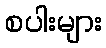
စပါးများ